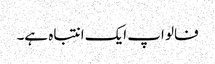
فالو اپ ایک انتباہ ہے۔